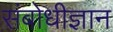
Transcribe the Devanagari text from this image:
संबोधीज्ञान